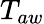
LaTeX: T_{aw}